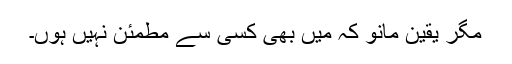
مگر یقین مانو کہ میں بھی کسی سے مطمئن نہیں ہوں۔